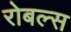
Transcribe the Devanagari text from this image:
रोबल्स